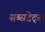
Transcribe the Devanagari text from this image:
सब्सट्रेट्स